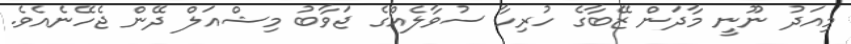
މިއަދު ނޫނީ މާދަން ޒޭބާގެ ހުރިހާ ސުވާލެއްގެ ޖަވާބު މިޝްއަލް ދޭން ޖެހޭނެއެވެ.